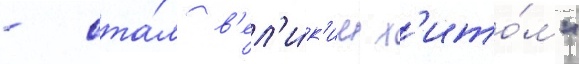
- ста́л в'ел'и́к'им х'ито́м"